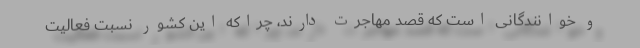
و خوانندگانی است که قصد مهاجرت دارند، چراکه این کشور نسبت فعالیت